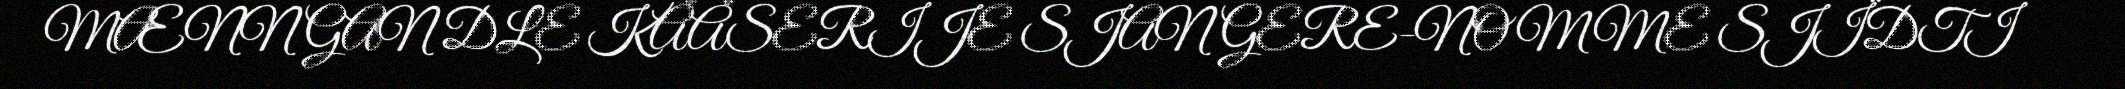
MÆNNGAN DLE KÅÅSERIJE SJANGERE-NOMME SJÏDTI